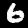
Digit: 6